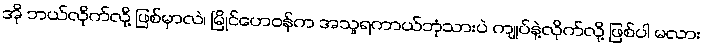
အို ဘယ်လိုက်လို့ ဖြစ်မှာလဲ၊ မြိုင်ဟေဝန်က အသူရကာယ်ဘုံသားပဲ ကျုပ်နဲ့လိုက်လို့ ဖြစ်ပါ မလား